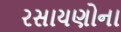
રસાયણોના